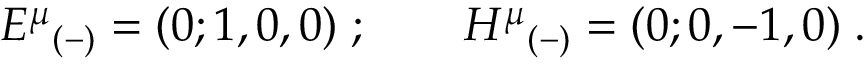
{ E ^ { \mu } } _ { ( - ) } = ( 0 ; 1 , 0 , 0 ) \; ; \qquad { H ^ { \mu } } _ { ( - ) } = ( 0 ; 0 , - 1 , 0 ) \; .